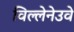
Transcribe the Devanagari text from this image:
विल्लेनेउवे